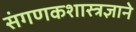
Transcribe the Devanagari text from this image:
संगणकशास्त्रज्ञाने